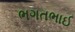
ભગતભાઈ